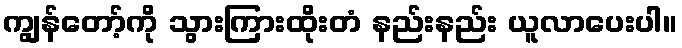
ကျွန်တော့်ကို သွားကြားထိုးတံ နည်းနည်း ယူလာပေးပါ။